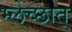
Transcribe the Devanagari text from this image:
म्लेच्छात्